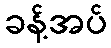
ခန့်အပ်